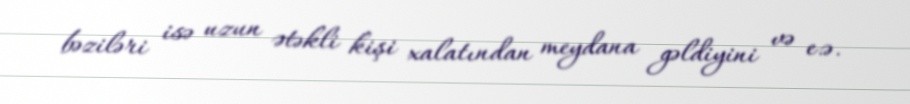
bəziləri isə uzun ətəkli kişi xalatından meydana gəldiyini və e.ə.